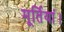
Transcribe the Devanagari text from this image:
मूर्तियां।